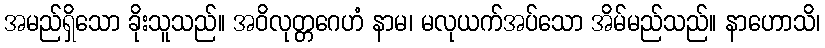
အမည်ရှိသော ခိုးသူသည်။ အဝိလုတ္တဂေဟံ နာမ၊ မလုယက်အပ်သော အိမ်မည်သည်။ နာဟောသိ၊